Annual vaccination report of Bihar and Orissa - 1911-1928
Year: 1911
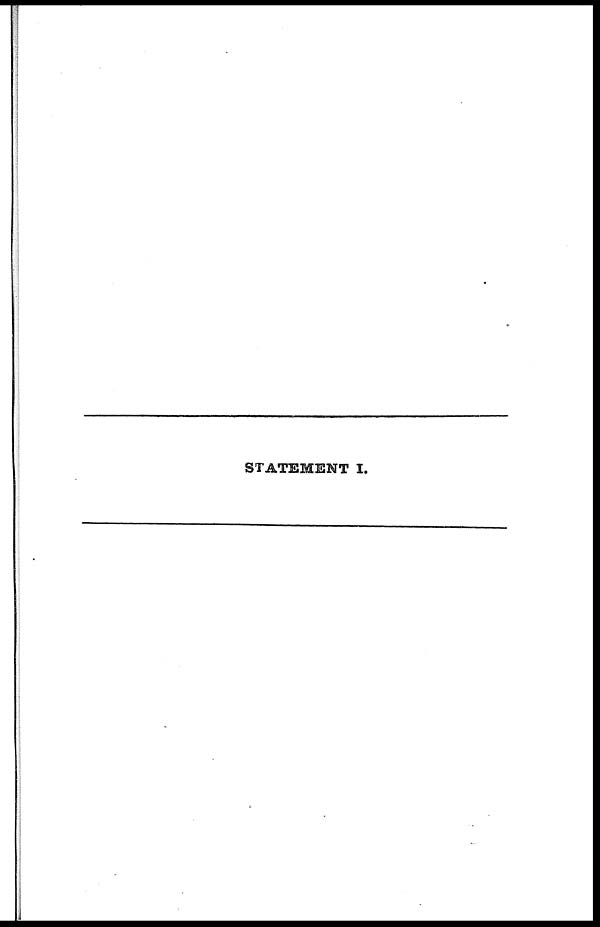
STATEMENT I.